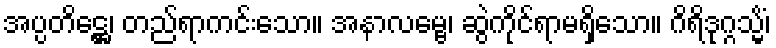
အပ္ပတိဋ္ဌေ၊ တည်ရာကင်းသော။ အနာလမ္ဗေ၊ ဆွဲကိုင်ရာမရှိသော။ ဂိရိဒုဂ္ဂသ္မိံ၊